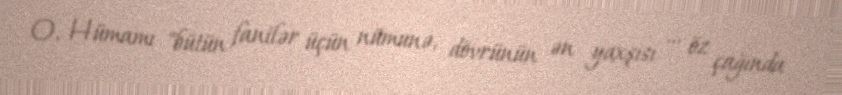
O, Hümamı "bütün fanilər üçün nümunə, dövrünün ən yaxşısı … öz çağında